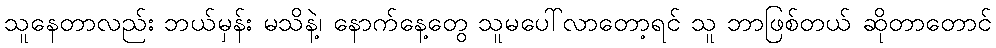
သူနေတာလည်း ဘယ်မှန်း မသိနဲ့၊ နောက်နေ့တွေ သူမပေါ်လာတော့ရင် သူ ဘာဖြစ်တယ် ဆိုတာတောင်